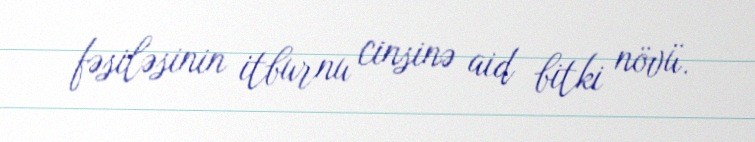
fəsiləsinin i̇tburnu cinsinə aid bitki növü.